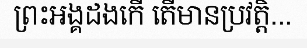
ព្រះអង្គដងកើ តើមានប្រវត្តិ...